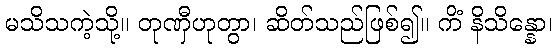
မသိသကဲ့သို့။ တုဏှီဟုတွာ၊ ဆိတ်သည်ဖြစ်၍။ ကိံ နိသိန္နော၊